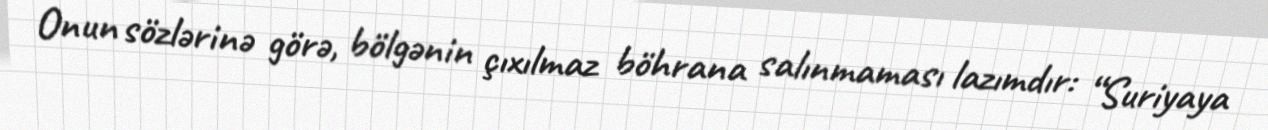
Onun sözlərinə görə, bölgənin çıxılmaz böhrana salınmaması lazımdır: “Suriyaya